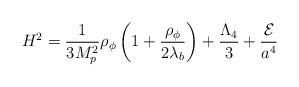
LaTeX: \begin{align*}H^2={1 \over 3M_p^2} \rho_{\phi} \left(1+{\rho_{\phi} \over 2\lambda_b}\right)+ {\Lambda_4 \over 3}+{ {\cal E} \over a^4}\end{align*}